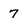
Character: 7